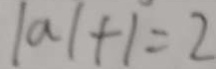
\vert a \vert + 1 = 2